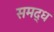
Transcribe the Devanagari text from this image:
समद्ध